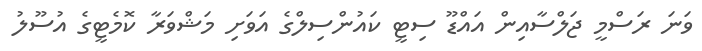
ވަނަ ރަސްމީ ޖަލްސާއިން އައްޑޫ ސިޓީ ކައުންސިލްގެ އަވަށި މަޝްވަރާ ކޮމެޓީގެ އުސޫލު